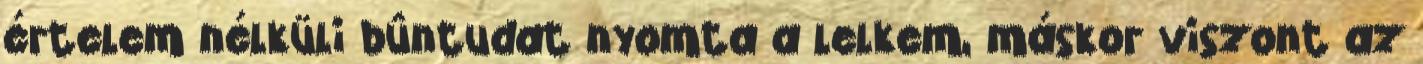
értelem nélküli bûntudat nyomta a lelkem, máskor viszont az